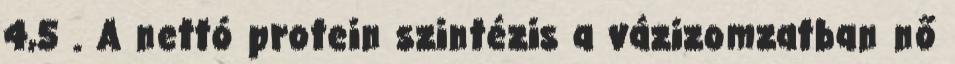
4,5 . A nettó protein szintézis a vázizomzatban nő